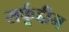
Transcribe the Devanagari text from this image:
सर्फूद्दीन